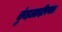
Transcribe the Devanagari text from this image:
कुंडलादीरक्त